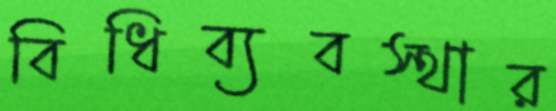
বিধিব্যবস্থার